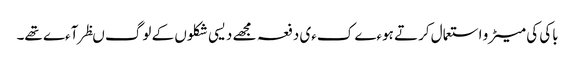
باکی کی میٹرو استعمال کرتے ہوءے کءی دفعہ مجھے دیسی شکلوں کے لوگ ںظر آءے تھے۔